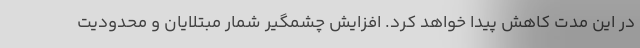
در این مدت کاهش پیدا خواهد کرد. افزایش چشمگیر شمار مبتلایان و محدودیت